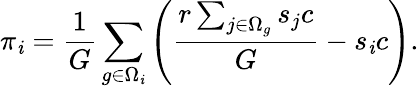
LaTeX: \pi_{\mathit{i}}=\frac{{1}}{{G}}\sum_{g\in\Omega_{\mathit{i}}}\left(\frac{{r\sum_{j\in\Omega_{g}}s_{j}c}}{{G}}-s_{\mathit{i}}c\right).